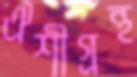
ঐশীগ্রন্থ